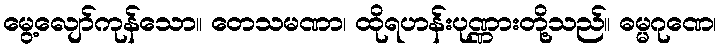
မွေ့လျော်ကုန်သော။ တေသမဏာ၊ ထိုရဟန်းပုဏ္ဏားတို့သည်။ ဓမ္မဂုဏေ၊